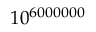
1 0 ^ { 6 0 0 0 0 0 0 }